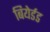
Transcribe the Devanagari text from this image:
बियेर्डड